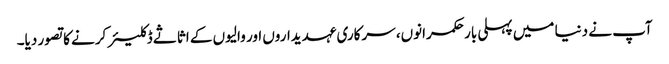
آپ نے دنیا میں پہلی بار حکمرانوں، سرکاری عہدیداروں اور والیوں کے اثاثے ڈکلیئر کرنے کاتصور دیا۔